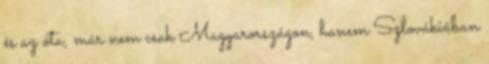
és az óta, már nem csak Magyarországon, hanem Szlovákiában